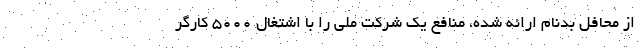
از محافل بدنام ارائه شده، منافع یک شرکت ملی را با اشتغال ۵۰۰۰ کارگر